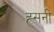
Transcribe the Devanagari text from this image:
ह्सनी